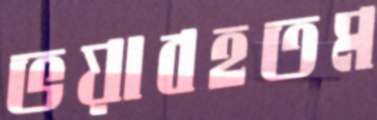
ভয়াবহতম